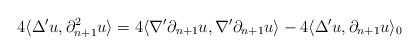
LaTeX: \begin{align*}4\langle\Delta'u,\partial_{n+1}^{2}u\rangle=4\langle\nabla'\partial_{n+1}u,\nabla'\partial_{n+1}u\rangle-4\langle\Delta'u,\partial_{n+1}u\rangle_{0}\end{align*}